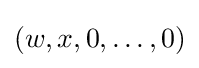
(w,x,0,\dots ,0)